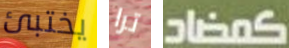
يختبئ ترا كمضاد